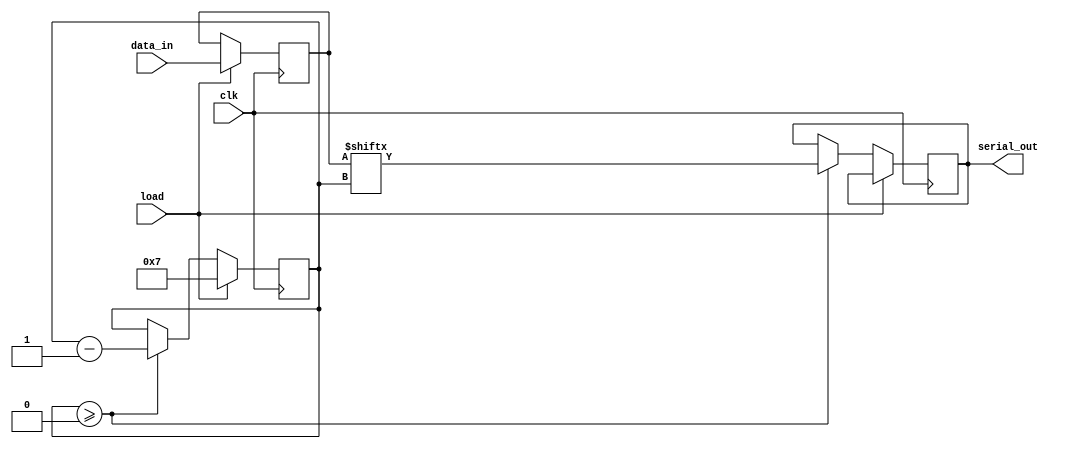
module dynamic_piso_register #(
    parameter WIDTH = 8  // Width of the PISO register
)(
    input wire clk,                 // Clock signal
    input wire load,                // Load control signal
    input wire [WIDTH-1:0] data_in, // Parallel input data
    output reg serial_out           // Serial output
);

    reg [WIDTH-1:0] storage;        // Storage for the loaded data
    reg [3:0] shift_count;          // Counter for shifting bits

    always @(posedge clk) begin
        if (load) begin
            // Load data into storage on load signal
            storage <= data_in;
            shift_count <= WIDTH - 1; // Set shift count to the last bit index
        end else if (shift_count >= 0) begin
            // Shift data out serially
            serial_out <= storage[shift_count];
            shift_count <= shift_count - 1; // Decrement shift count
        end
    end

endmodule